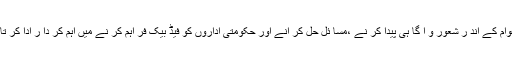
جو عوام کے اند ر شعور و آ گا ہی پیدا کر نے ،مسا ئل حل کر انے اور حکومتی اداروں کو فیڈ بیک فر اہم کر نے میں اہم کر دا ر ادا کر تا ہے ۔